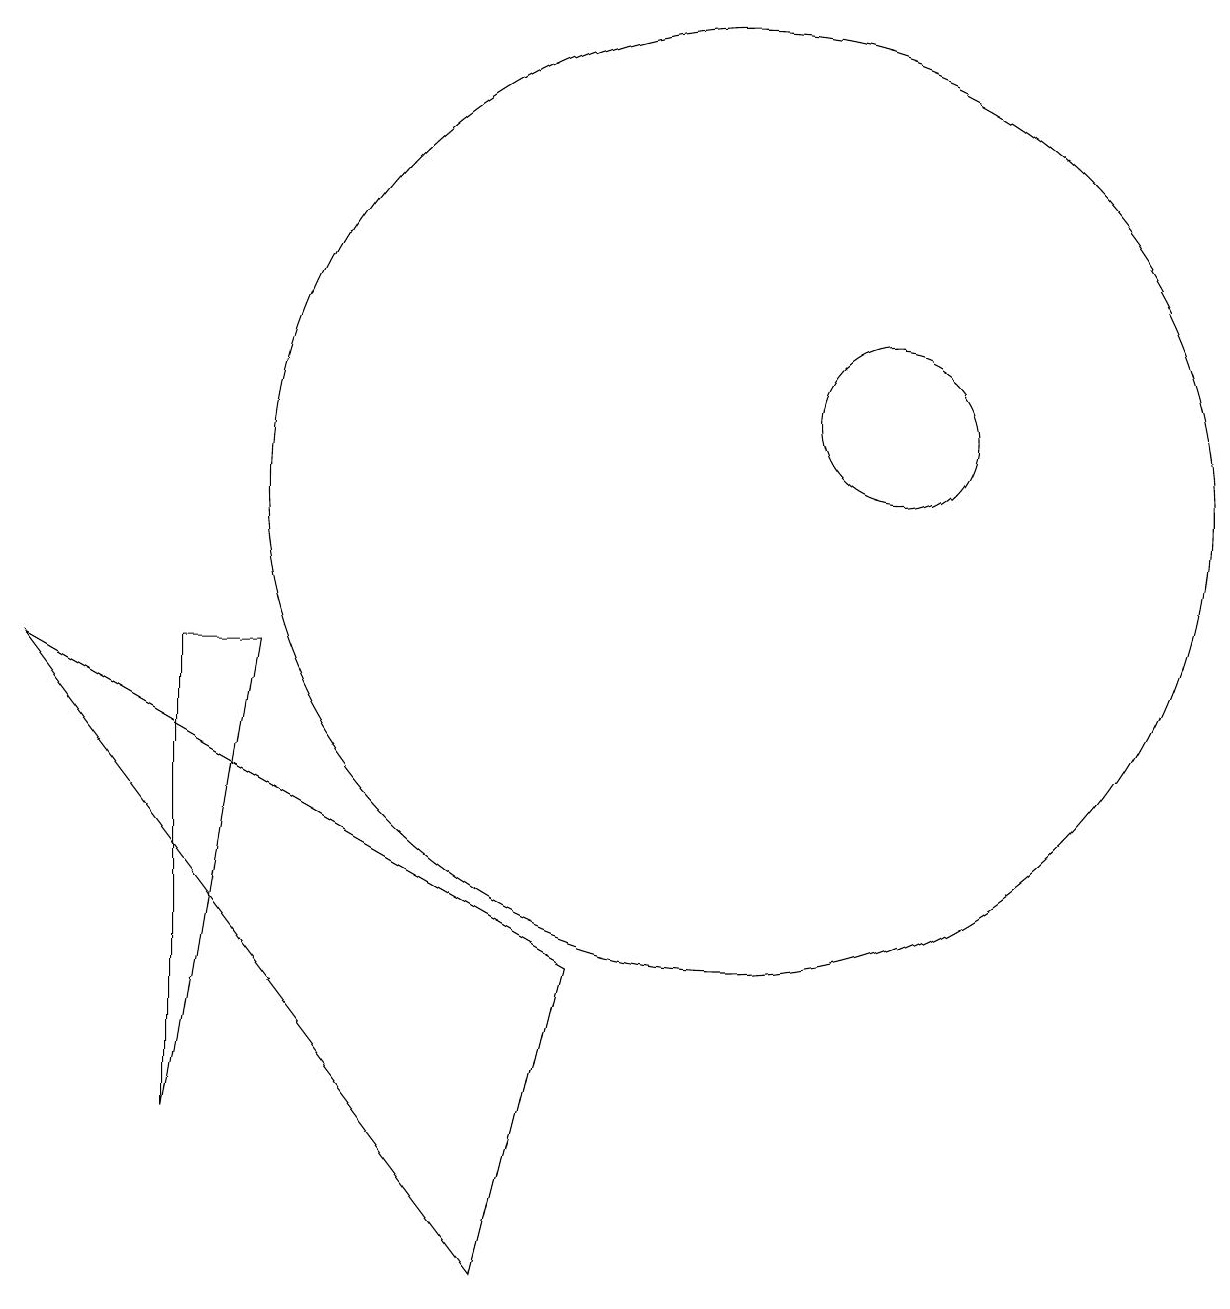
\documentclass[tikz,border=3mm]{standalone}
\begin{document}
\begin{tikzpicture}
\draw (3,8) -- (3,2) -- (4,8) -- cycle;
\draw (12,11) circle (1);
\draw (10,10) circle (6);
\draw (1,8) -- (7,0) -- (8,4) -- cycle;
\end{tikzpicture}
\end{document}